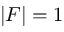
| \boldsymbol F | = 1